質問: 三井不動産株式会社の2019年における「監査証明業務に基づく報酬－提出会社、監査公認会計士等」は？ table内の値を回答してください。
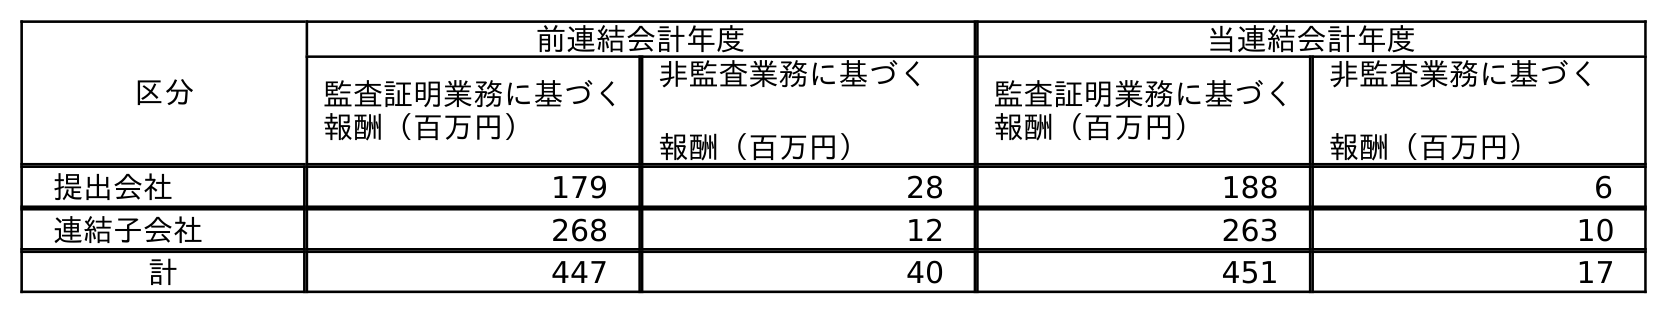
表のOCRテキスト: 区分 前連結会計年度 当連結会計年度 監査証明業務に基づく 報酬（百万円） 非監査業務に基づく 報酬（百万円） 監査証明業務に基づく 報酬（百万円） 非監査業務に基づく 報酬（百万円） 提出会社 179 28 188 6 連結子会社 268 12 263 10 計 447 40 451 17
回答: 179